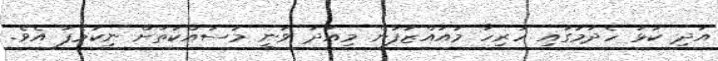
އަދި ކަޅު ހެދުމުގައި ހުރިހާ މުއައްޒަފުން މިއަދު ވަނީ މަސައްކަތަށް ނިކުމެފަ އެވެ.